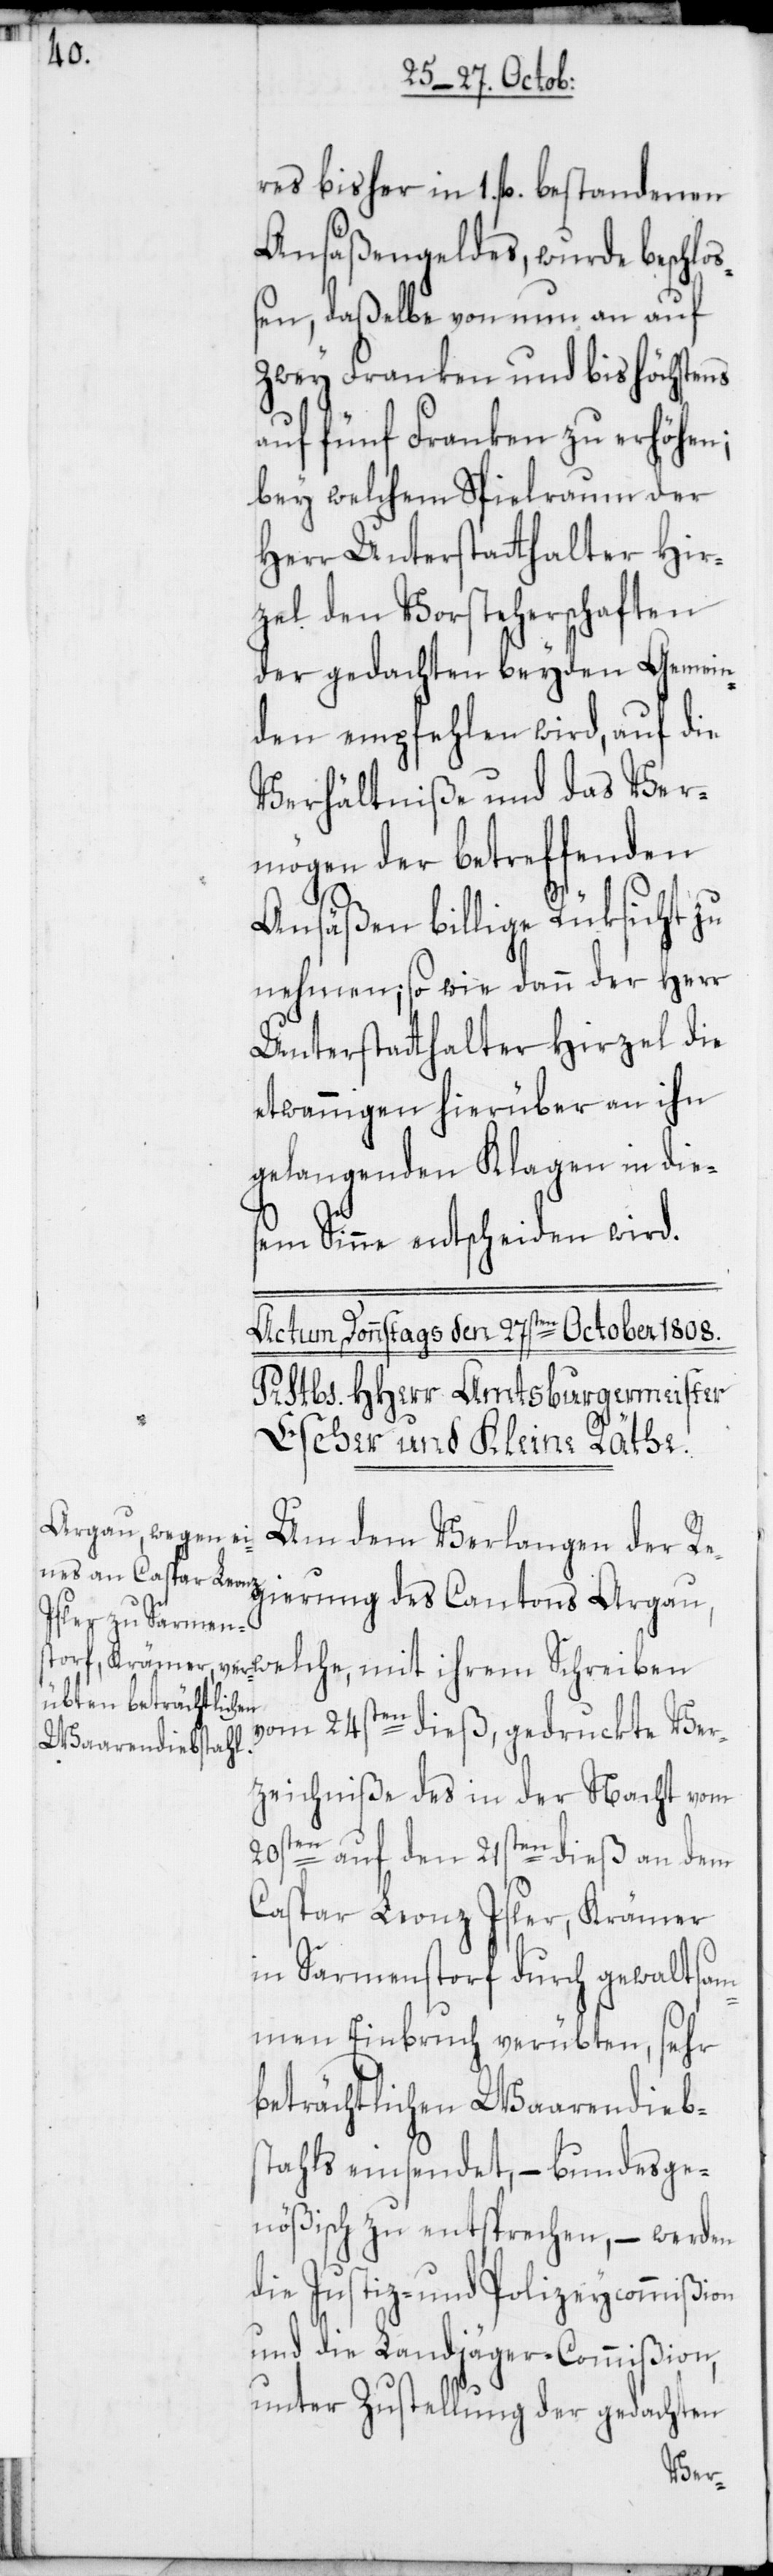
res bisher in 1. fl. bestandenen
Ansäßengeldes, wurde beschloß¬
en, daßelbe von nun an auf
zwey Franken und bis höchstens
auf fünf Franken zu erhöhen;
bey welchem Spielraum der
Herr Unterstatthalter Hir¬
zel den Vorsteherschaften
der gedachten beyden Gemein¬
den empfehlen wird, auf die
Verhältniße und das Ver¬
mögen der betreffenden
Ansäßen billige Rüksicht zu
nehmen; so wie dann der Herr
Unterstatthalter Hirzel die
etwannigen hierüber an ihn
gelangenden Klagen in die¬
sem Sinne entscheiden wird.
Um dem Verlangen der Re¬
gierung des Cantons Argau,
vom 24sten dieß, gedruckte Ver¬
zeichniße des in der Nacht vom
20sten auf den 21sten dieß an dem
Caspar Leonz Isler, Krämer
in Sarmenstorf durch gewaltsam¬
men Einbruch verübten, sehr
beträchtlichen Waarendiebs¬
tahls einsendet, – bundesge¬
nößisch zu entsprechen, – werden
die Justiz- und Polizeycommißion
und die Landjäger-Commißion,
unter Zustellung der gedachten